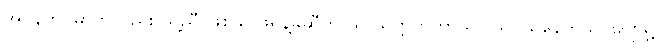
အိုပဲန်ဟိုင်မာကလည်း သူ့ညီ ဖြစ်သူ ဖရဲန့်ခ်ဆီကို သူ သက္ကတဘာသာ သင်ယူနေတယ်၊ ပျော်ရွှင်